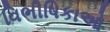
વિભીષિકાઓ